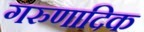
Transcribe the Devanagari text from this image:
गरुणादिक